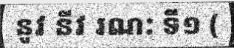
នូវ នីវ រណ: ទី១ (